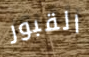
القبور